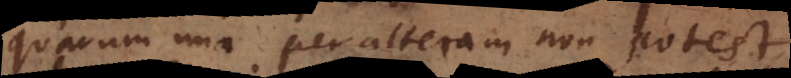
quarum una per alteram non potest